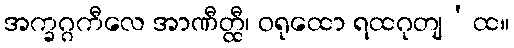
အက္ခဂ္ဂကီလေ အာဏီတ္ထီ၊ ဝရုထော ရထဂုတျ’ထ။